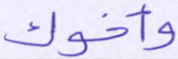
وأخوك